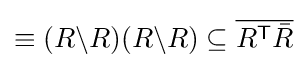
\equiv (R\backslash R)(R\backslash R)\subseteq {\overline {R^{\textsf {T}}{\bar {R}}}}